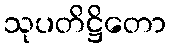
သုပတိဋ္ဌိတော